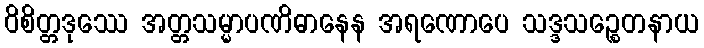
ဝိစိတ္တဒုဿေ အတ္တသမ္မာပဏိဓာနေန အရဏောပေ သဒ္ဒသဉ္စေတနာယ